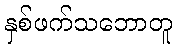
နှစ်ဖက်သဘောတူ